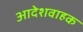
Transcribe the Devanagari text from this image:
आदेशवाहक